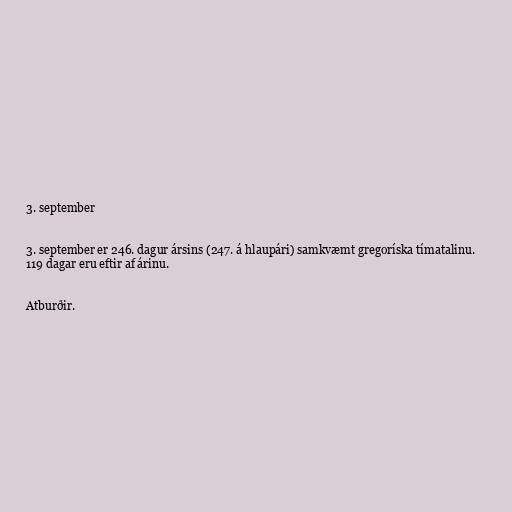
3. september

3. september er 246. dagur ársins (247. á hlaupári) samkvæmt gregoríska tímatalinu.
119 dagar eru eftir af árinu.

Atburðir.